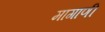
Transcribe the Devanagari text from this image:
मागाणी